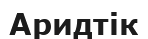
Аридтік